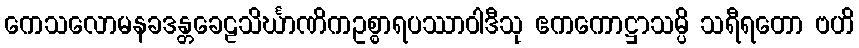
ကေသလောမနခဒန္တခေဠသိင်္ဃာဏိကဥစ္စာရပဿာဝါဒီသု ဧကကောဋ္ဌာသမ္ပိ သရီရတော ဗဟိ